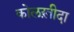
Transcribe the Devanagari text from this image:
कोलख़ीदा